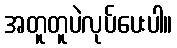
အတူတူပဲလုပ်ပေးပါ။